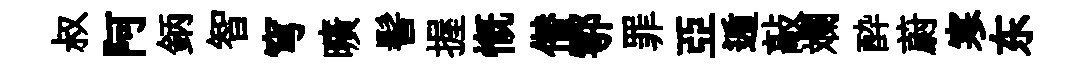
叔阿鈵智穹曠髻握慨僣鄠罪亞遁敲斕酔蔚寒东